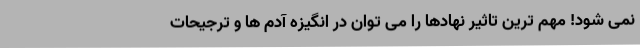
نمی شود! مهم ترین تاثیر نهادها را می توان در انگیزه آدم ها و ترجیحات